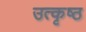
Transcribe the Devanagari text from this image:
उत्‍कृष्‍ठ